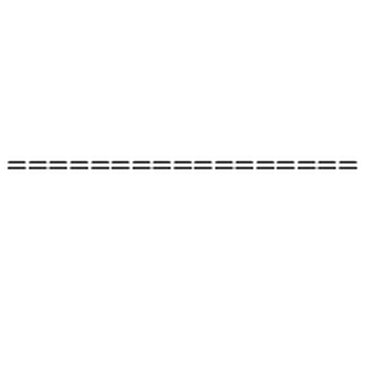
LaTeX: = = = = = = = = = = = = = = = = =